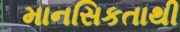
માનસિકતાથી